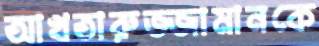
আখতারুজ্জামানকে